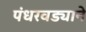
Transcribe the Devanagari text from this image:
पंधरवड्याने